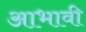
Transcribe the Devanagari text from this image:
आभावी